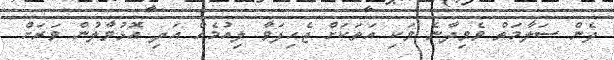
ދެން ސަލާމަތް ވެވިދާނެ ވަކި އަތަކަށް ޖެހިފަވާ ލިއުމެއް އަދި އޮޅުވާލުން ވަރަށް